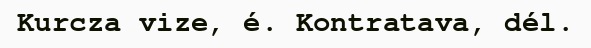
Kurcza vize, é. Kontratava, dél.